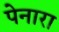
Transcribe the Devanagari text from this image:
पेनारा